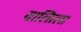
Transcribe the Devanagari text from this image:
वालित्ला